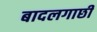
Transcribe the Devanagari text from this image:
बादलगाछी